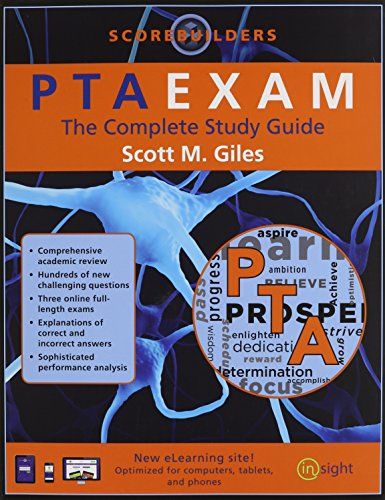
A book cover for PTAEXAM: The Complete Study Guide; Scott M. Giles; Medical Books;